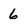
Character: 6